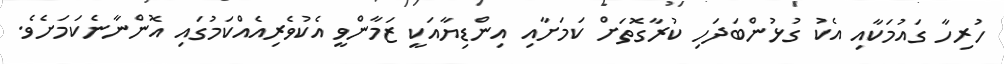
ހުރިހާ ގައުމަކާއި އެކު ގުޅުންބަދަހި ކުރާގޮތަށް ކަމަށާއި އިންޑިޔާއަކީ ޒަމާންވީ އެކުވެރިއެއްކަމުގައި އޮންނާނެކަމަށެވެ.